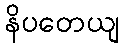
နိပတေယျ